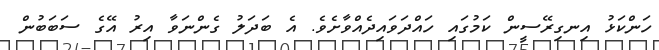
ހަންކަޅު އިނގިރޭސީން ކަމުގައި ހައްދަވައިދެއްވާށެވެ. އެ ބަދަލު ގެންނަވާ އިރު އޭގެ ސަބަބުން